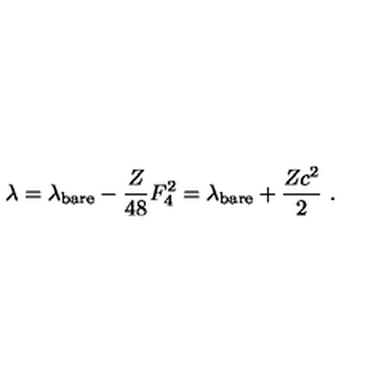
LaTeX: \lambda = \lambda _ { \mathrm { b a r e } } - \frac { Z } { 4 8 } F _ { 4 } ^ { 2 } = \lambda _ { \mathrm { b a r e } } + \frac { Z c ^ { 2 } } { 2 } \ .